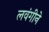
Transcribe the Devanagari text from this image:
लवंगीने